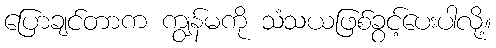
ပြောချင်တာက ကျွန်မကို သံသယဖြစ်ခွင့်ပေးပါလို့။